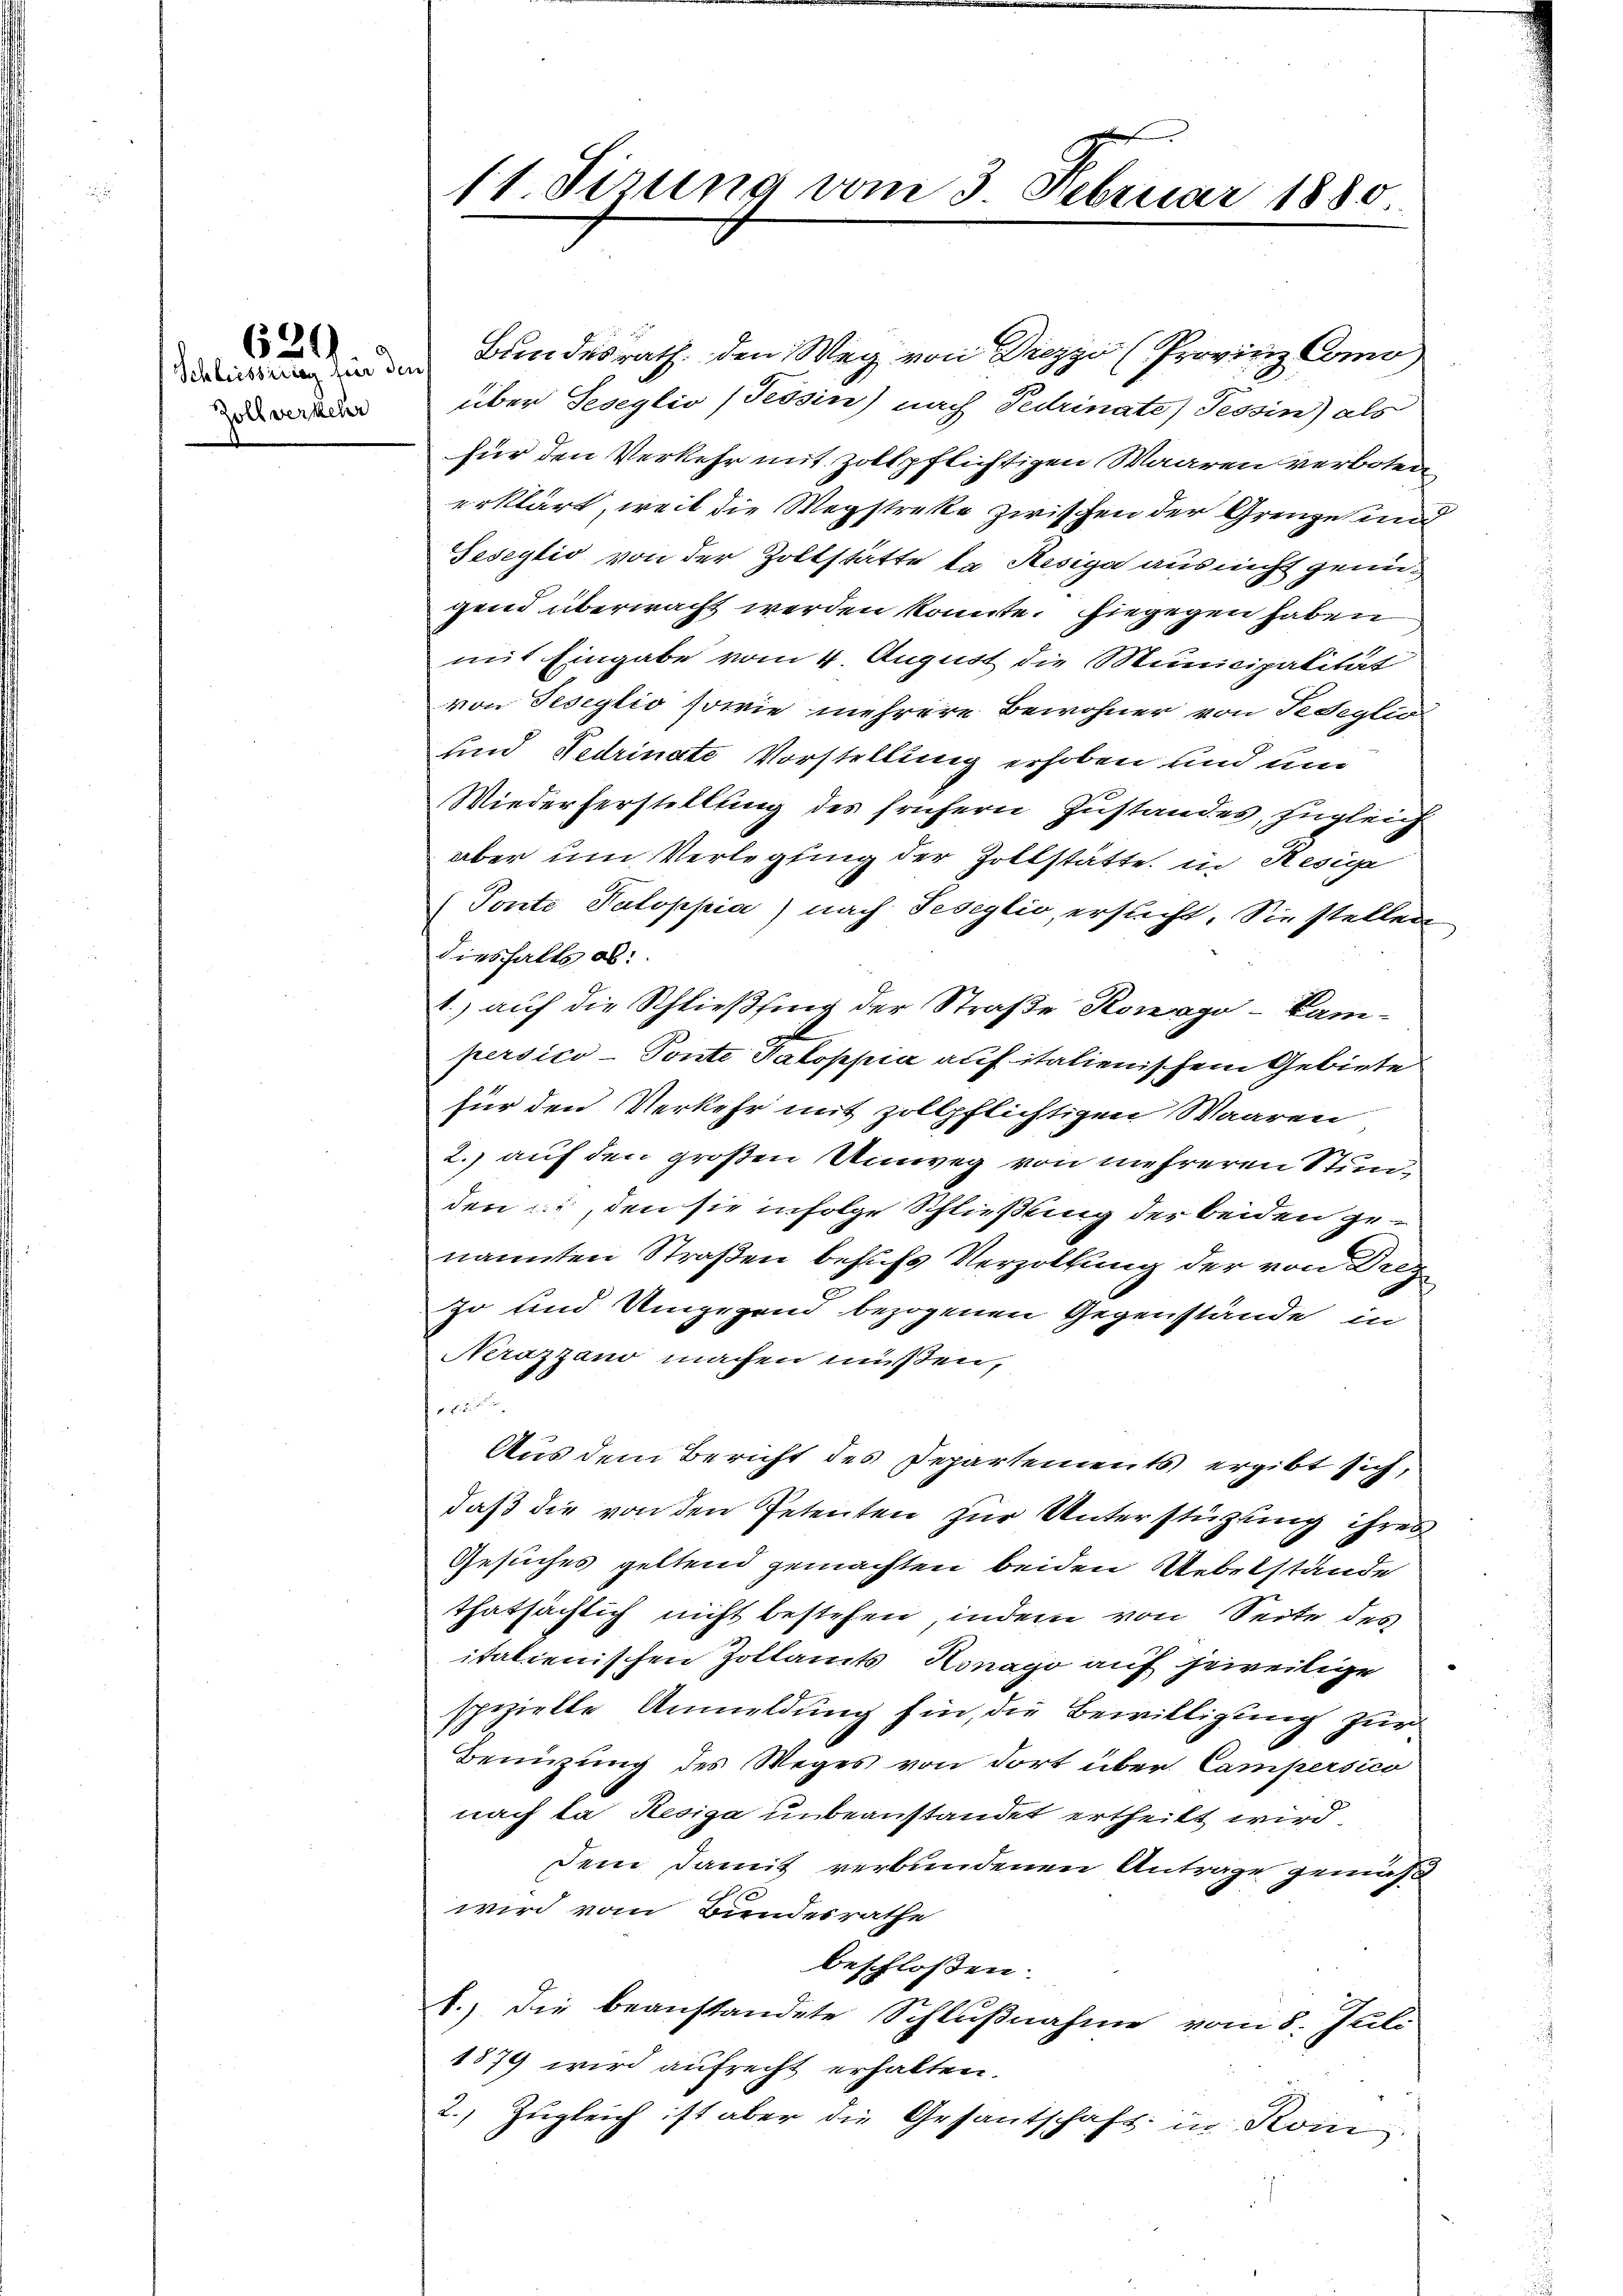
Zollverkehr

629

11. Jirung vom 3. Februar 1880

in der Bundesrath den Weg von Diezzo (Provinz Como
über Seseglio (Tessin) nach Tedrinate) Tessin) als
für den Verkehr mit Zollpflichtigen Waaren verboten
erklärt, weil die Wegstreke zwischen der Grenze und
Seseylio von der Zoltstätte la Resiga aus nicht genügend überwacht werden könnte. Hiegegen haben
mit Eingabe vom 4. August die Municipalität
von Teseglio sowie mehrere Bewohner von Sedeglio
und Fedrinate Vorstellung erhoben und um
Wiederherstellung des frühern Zustandes, zugleich
aber um Verlegung der Zollstätte in Resige
(Ponte Paloppia) nach Teseglio, ersucht. Sie stellen
diesfalls ab:
1.) auf die Schließling der Straße Konago-Kam¬
E
persico - Ponte Kaloppia auf italienischem Gebiete
für den Verkehr mit zollpflichtigen Waaren
2. auf den großen Umweg von mehreren Stunden ist, den sie infolge Schließung der beiden genannten Straßen behufs Verzoltung der von Dregso und Umgegend bezogenen Gegenstände in
Krazzano machen müßen,
er
Aus dem Bericht des Departements ergibt sich,
daß die von den Petenten zur Unterstützung ihres
Gesuches geltend gemachten beiden Uebelstände
thatsächlich nicht bestehen, indem von Seite des
italienischen Zollamts Honago auf jeweilige
spezielte Anmeldung hin, die Bewilligung zur
Benüzung des Weges von dort über Campersico
nach da Resiga unbeanstandet ertheilt wird.
dem damit verbundenen Antrage gemäß
wird vom Bundesrathe
beschlossen:
d., die beanstandete Schlußnahme vom 8. Juli
1879 wird aufrecht erhalten.
2.) Zugleich ist aber die Gesantschaft in Koin